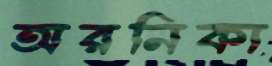
অরনিকা